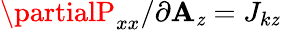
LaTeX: \partialP_{xx}/\partial\mathbf{A}_{\mathit{z}}=J_{k\mathit{z}}